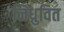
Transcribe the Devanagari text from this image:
निध्रुवित